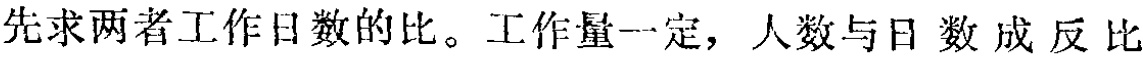
先求两者工作日数的比。工作量一定，人数与日数成反比